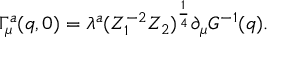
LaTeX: \Gamma _ { \mu } ^ { a } ( q , 0 ) = \lambda ^ { a } ( Z _ { 1 } ^ { - 2 } Z _ { 2 } ) ^ { \frac { 1 } { 4 } } \partial _ { \mu } G ^ { - 1 } ( q ) .